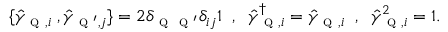
\begin{array} { r } { \{ \hat { \gamma } _ { \textsc { q } , i } \; , \hat { \gamma } _ { \textsc { q } ^ { \prime } , j } \} = 2 \delta _ { \textsc { q } \textsc { q } ^ { \prime } } \delta _ { i j } \mathbb { 1 } \; \; , \; \; \hat { \gamma } _ { \textsc { q } , i } ^ { \dagger } = \hat { \gamma } _ { \textsc { q } , i } \; \; , \; \; \hat { \gamma } _ { \textsc { q } , i } ^ { 2 } = \mathbb { 1 } . } \end{array}